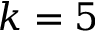
k = 5